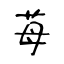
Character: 苺